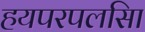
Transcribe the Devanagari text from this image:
हयपरपलसिा